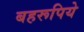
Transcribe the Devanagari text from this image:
बहरूपिये